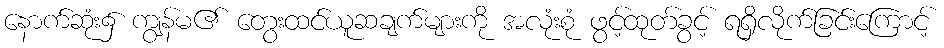
နောက်ဆုံး၌ ကျွန်မ၏ တွေးထင်ယူဆချက်များကို အလုံးစုံ ဖွင့်ထုတ်ခွင့် ရရှိလိုက်ခြင်းကြောင့်